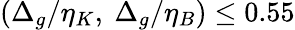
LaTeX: \left(\Delta_{g}/\eta_{K},\ \Delta_{g}/\eta_{B}\right)\leq 0.55